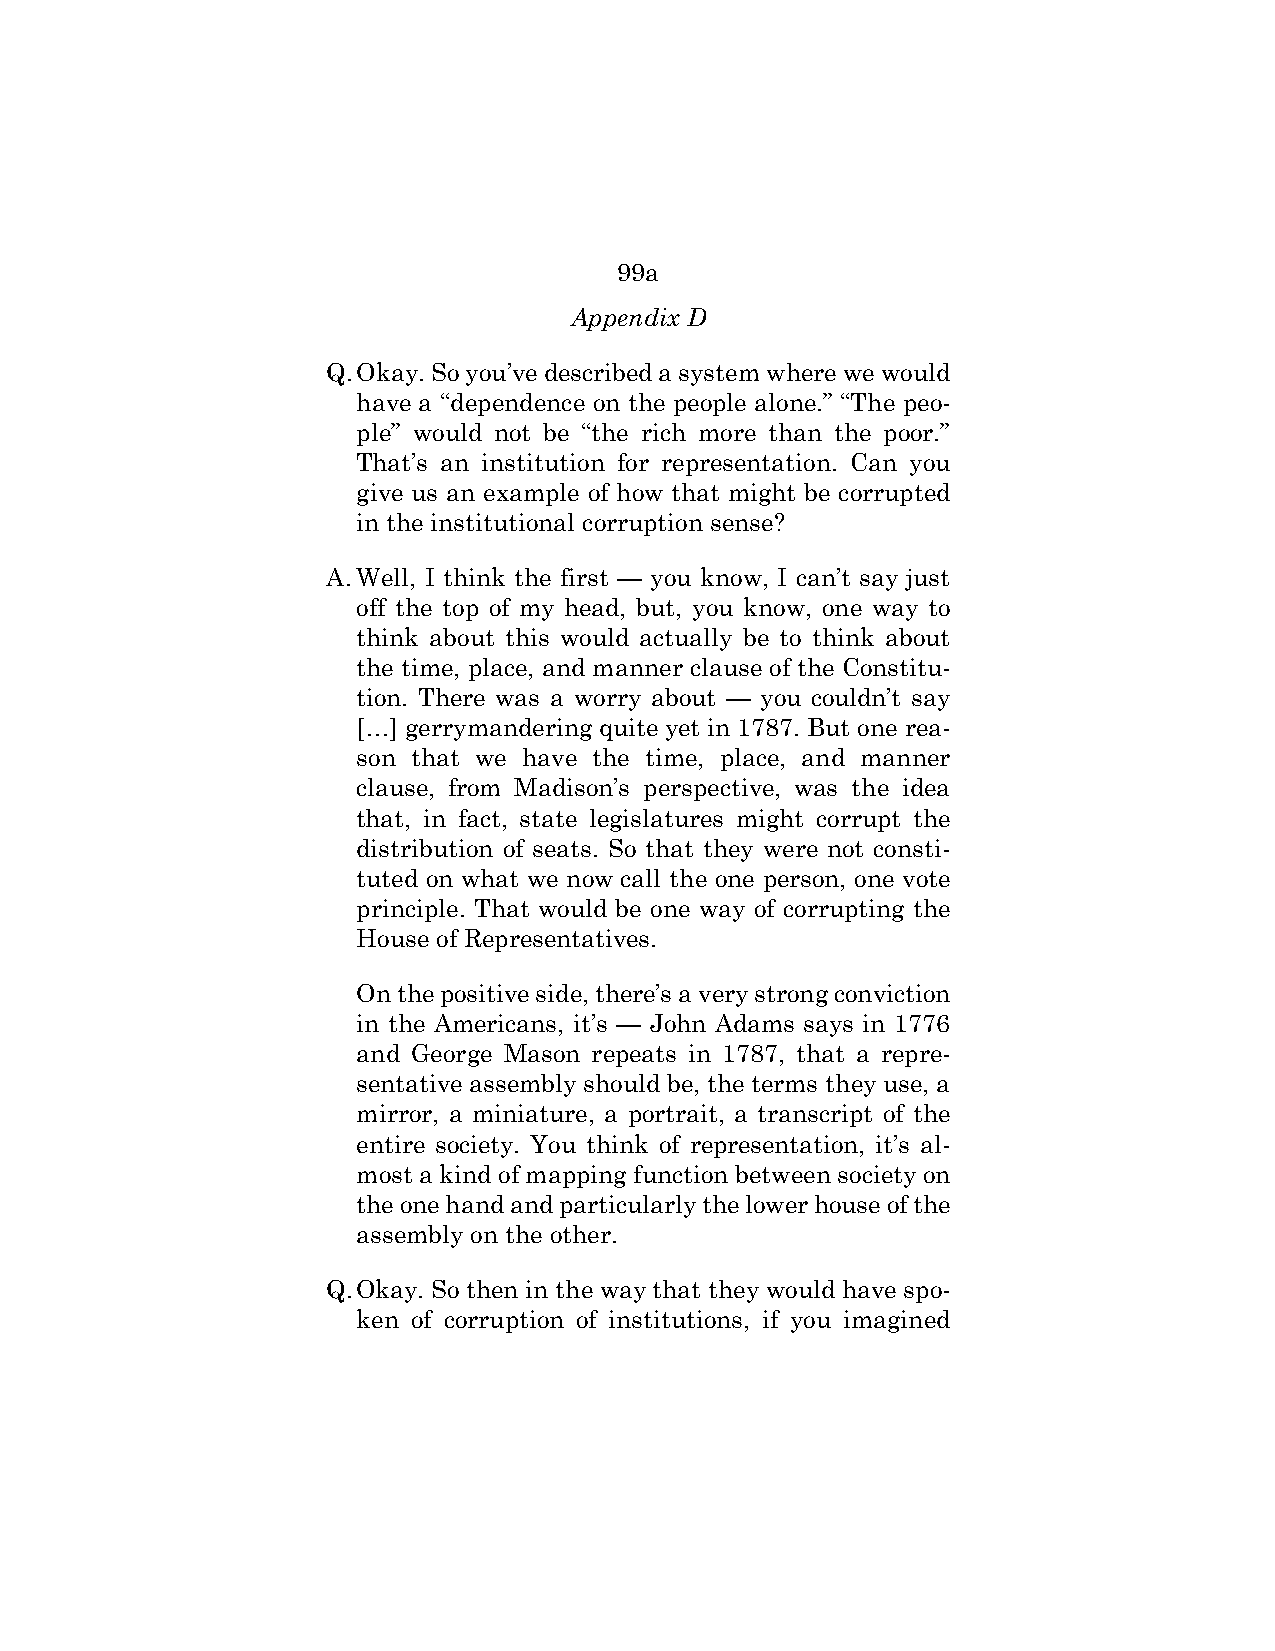
99a
 Appendix D
 Q. Okay. So you’ve described a system where we would
 have a “dependence on the people alone.” “The peo-
 ple” would not be “the rich more than the poor.”
 That’s an institution for representation. Can you
 give us an example of how that might be corrupted
 in the institutional corruption sense?
 A. Well, I think the first — you know, I can’t say just
 off the top of my head, but, you know, one way to
 think about this would actually be to think about
 the time, place, and manner clause of the Constitu-
 tion. There was a worry about — you couldn’t say
 […] gerrymandering quite yet in 1787. But one rea-
 son that we have the time, place, and manner
 clause, from Madison’s perspective, was the idea
 that, in fact, state legislatures might corrupt the
 distribution of seats. So that they were not consti-
 tuted on what we now call the one person, one vote
 principle. That would be one way of corrupting the
 House of Representatives.
 On the positive side, there’s a very strong conviction
 in the Americans, it’s — John Adams says in 1776
 and George Mason repeats in 1787, that a repre-
 sentative assembly should be, the terms they use, a
 mirror, a miniature, a portrait, a transcript of the
 entire society. You think of representation, it’s al-
 most a kind of mapping function between society on
 the one hand and particularly the lower house of the
 assembly on the other.
 Q. Okay. So then in the way that they would have spo-
 ken of corruption of institutions, if you imagined